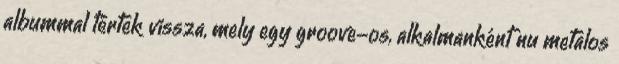
albummal tértek vissza, mely egy groove-os, alkalmanként nu metalos